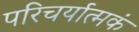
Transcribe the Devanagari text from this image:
परिचर्यात्मकं